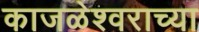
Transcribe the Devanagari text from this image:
काजळेश्वराच्या